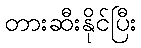
တားဆီးနိုင်ပြီး